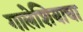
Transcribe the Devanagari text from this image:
गालेशियाचा